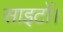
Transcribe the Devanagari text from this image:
साइटों।